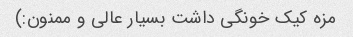
مزه کیک خونگی داشت بسیار عالی و ممنون:)